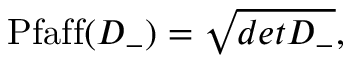
\mathrm { P f a f f } ( { \cal D } _ { - } ) = \sqrt { d e t { \cal D } _ { - } } ,